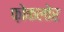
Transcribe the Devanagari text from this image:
फ़ोकलोर